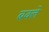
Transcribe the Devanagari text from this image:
बक्ले